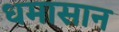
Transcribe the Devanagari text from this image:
धमासान